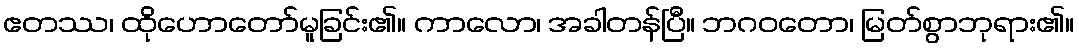
ဧတဿ၊ ထိုဟောတော်မူခြင်း၏။ ကာလော၊ အခါတန်ပြီ။ ဘဂဝတော၊ မြတ်စွာဘုရား၏။